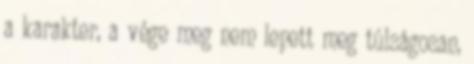
a karakter, a vége meg nem lepett meg túlságosan,